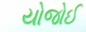
યોજોઈ